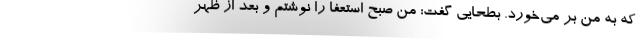
که به من بر می‌خورد. بطحایی گفت: من صبح استعفا را نوشتم و بعد از ظهر